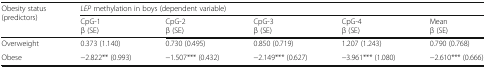
| <ROWSPAN=2> Obesity status (predictors) | <COLSPAN=5> LEP methylation in boys (dependent variable) |
 | CpG-1β (SE) | CpG-2β (SE) | CpG-3β (SE) | CpG-4β (SE) | Meanβ (SE) |
 | --- | --- | --- | --- | --- | --- |
 | Overweight | 0.373 (1.140) | 0.730 (0.495) | 0.850 (0.719) | 1.207 (1.243) | 0.790 (0.768) |
 | Obese | −2.822** (0.993) | −1.507*** (0.432) | −2.149*** (0.627) | −3.961*** (1.080) | −2.610*** (0.666) |